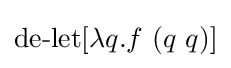
\operatorname {de-let} [\lambda q.f\ (q\ q)]